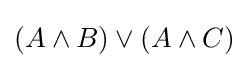
(A\land B)\lor (A\land C)